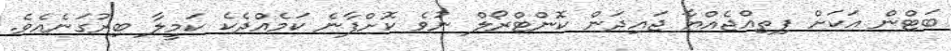
ބަޓްން އަކަށް ފިތިއްޖެއްޔާ ޖައިދަން ކޮންޓްރޯލް ނުވެ ކޮށްފާނެ ކަމެއްދެކެ ކަމީލާ ބިރުގަނެއެވެ.